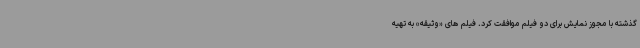
گذشته با مجوز نمایش برای دو فیلم موافقت کرد. فیلم های «وثیقه» به تهیه